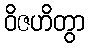
ဝိဇဟိတွာ